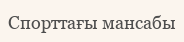
Спорттағы мансабы